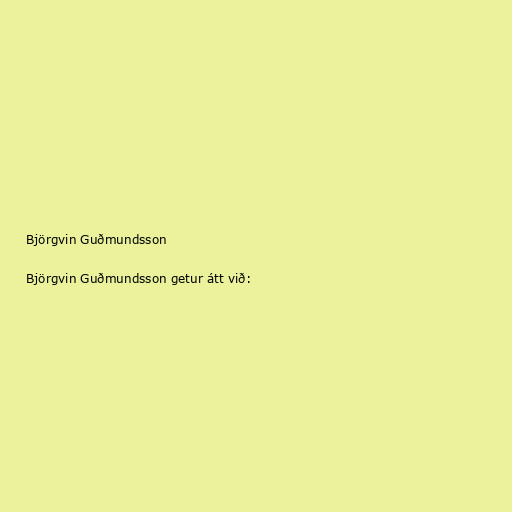
Björgvin Guðmundsson

Björgvin Guðmundsson getur átt við: